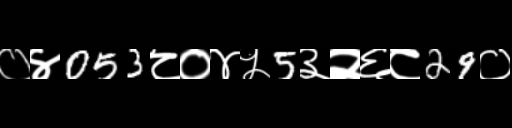
Text: ०४053८०४५5३२६८29०